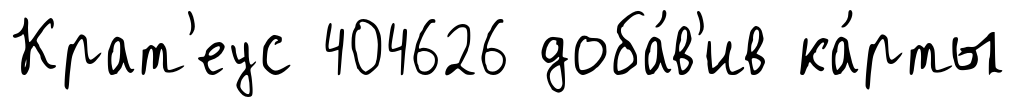
Крат'еус 404626 доба́в'ив ка́рты